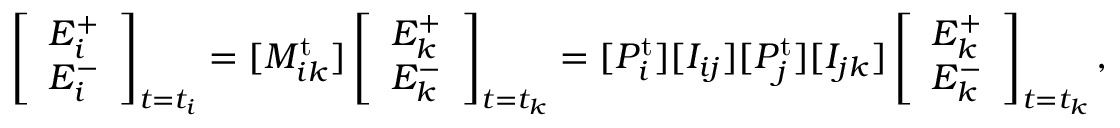
\left[ \begin{array} { l } { E _ { i } ^ { + } } \\ { E _ { i } ^ { - } } \end{array} \right] _ { t = t _ { i } } = [ M _ { i k } ^ { \mathrm { t } } ] \left[ \begin{array} { l } { E _ { k } ^ { + } } \\ { E _ { k } ^ { - } } \end{array} \right] _ { t = t _ { k } } = [ P _ { i } ^ { \mathrm { t } } ] [ I _ { i j } ] [ P _ { j } ^ { \mathrm { t } } ] [ I _ { j k } ] \left[ \begin{array} { l } { E _ { k } ^ { + } } \\ { E _ { k } ^ { - } } \end{array} \right] _ { t = t _ { k } } ,